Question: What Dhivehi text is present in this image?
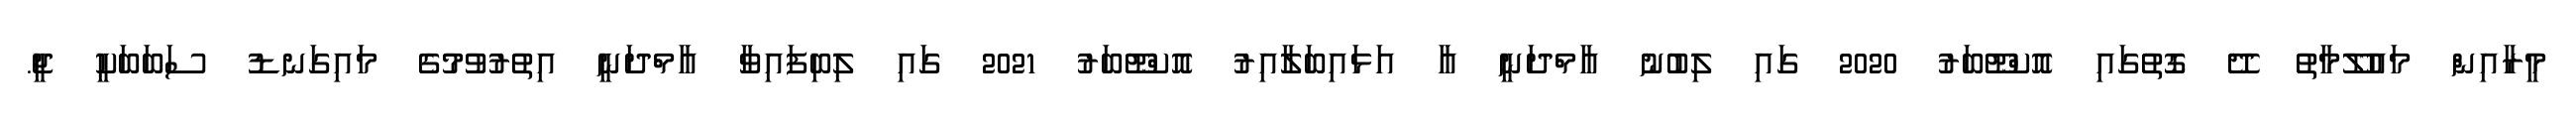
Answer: މީރާއިން މައުލޫމާތު ދޭ ގޮތުގައި އޮކްޓޫބަރު 2020 ގައި ލިބުނު އާމްދަނީ އާ އަޅައިބަލާއިރު އޮކްޓޫބަރު 2021 ގައި ލިބިފައިވާ އާމްދަނީ އިތުރުވުމުގެ މައިގަނޑު ސަބަބަކީ ޖީ.